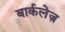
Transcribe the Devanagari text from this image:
बार्कलेज़